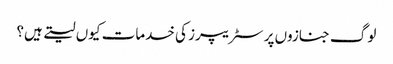
لوگ جنازوں پر سٹریپرز کی خدمات کیوں لیتے ہیں؟